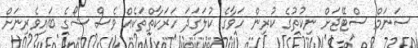
ސަނަމް ސްޓޭޖަށް ނިކުތުގެ ކުރިން ހަވާގެ ކުލަގަދަ ހަރަކާތްތަކެއް ވެސް ޝޯގެ ބައިވެރިނަށް